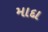
માદા